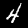
Digit: 4